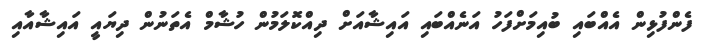
ފެންފުޅިން އެއްބައި ބުއިމަށްފަހު އަނެއްބައި އައިޝާއަށް ދިއްކޮލަމުން ހުޝާމް އެތަނުން ދިޔައީ އައިޝާއާއި